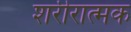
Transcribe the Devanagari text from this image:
शरीरात्मक